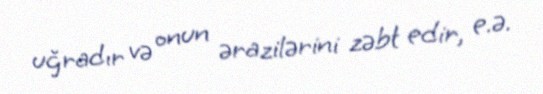
uğradır və onun ərazilərini zəbt edir, e.ə.